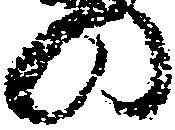
の